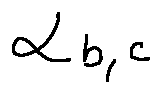
\alpha _ { b , c }